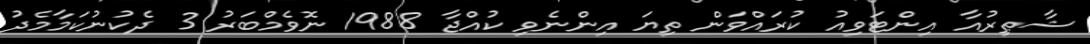
ޝާޠިރުއާ އިންޓަވިއު ކުރައްވަން ތިޔަ އިންނެވި ކުއްޖާ 1988 ނޮވެމްބަރު 3 ދެކުނުކަމާމެދު